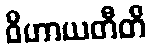
ဝိဟာယတီတိ